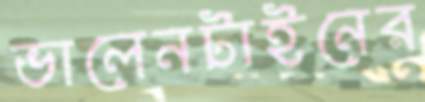
ভালেনটাইনের